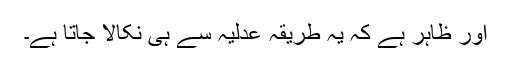
اور ظاہر ہے کہ یہ طریقہ عدلیہ سے ہی نکالا جاتا ہے۔